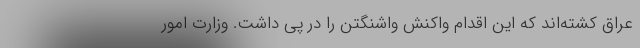
عراق کشته‌اند که این اقدام واکنش واشنگتن را در پی داشت. وزارت امور